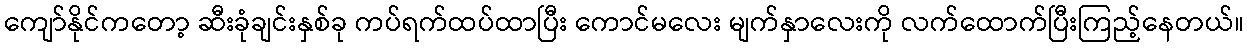
ကျော်နိုင်ကတော့ ဆီးခုံချင်းနှစ်ခု ကပ်ရက်ထပ်ထာပြီး ကောင်မလေး မျက်နှာလေးကို လက်ထောက်ပြီးကြည့်နေတယ်။